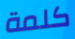
كلمة